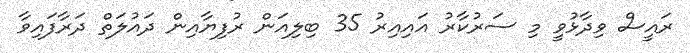
ރައީސް ވިދާޅުވީ މި ސަރުކާރު އައިއިރު 35 ބިލިއަން ރުފިޔާއިން ދައުލަތް ދަރާފައިވާ